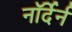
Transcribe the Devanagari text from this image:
नॉर्देर्न